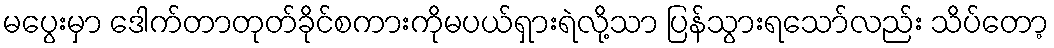
မပွေးမှာ ဒေါက်တာတုတ်ခိုင်စကားကိုမပယ်ရှားရဲလို့သာ ပြန်သွားရသော်လည်း သိပ်တော့